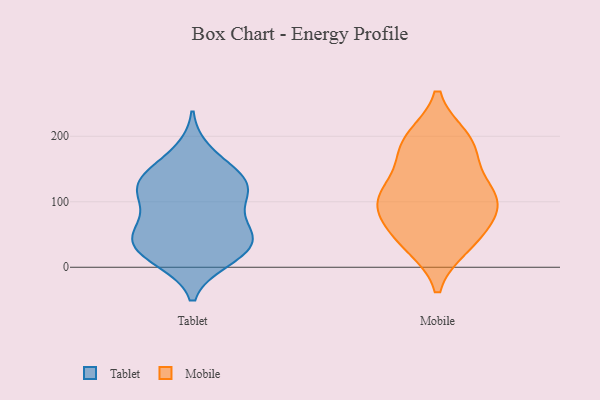
{"axis": {"x": "Active Users", "y": "Value"}, "legend": ["Mobile", "Tablet"], "data": [{"x": "", "y": 176, "type": "Tablet"}, {"x": "", "y": 51, "type": "Tablet"}, {"x": "", "y": 53, "type": "Tablet"}, {"x": "", "y": 95, "type": "Tablet"}, {"x": "", "y": 11, "type": "Tablet"}, {"x": "", "y": 21, "type": "Tablet"}, {"x": "", "y": 123, "type": "Tablet"}, {"x": "", "y": 49, "type": "Tablet"}, {"x": "", "y": 129, "type": "Tablet"}, {"x": "", "y": 138, "type": "Tablet"}, {"x": "", "y": 25, "type": "Tablet"}, {"x": "", "y": 113, "type": "Tablet"}, {"x": "", "y": 104, "type": "Tablet"}, {"x": "", "y": 49, "type": "Tablet"}, {"x": "", "y": 151, "type": "Tablet"}, {"x": "", "y": 14, "type": "Tablet"}, {"x": "", "y": 127, "type": "Tablet"}, {"x": "", "y": 53, "type": "Tablet"}, {"x": "", "y": 109, "type": "Mobile"}, {"x": "", "y": 73, "type": "Mobile"}, {"x": "", "y": 162, "type": "Mobile"}, {"x": "", "y": 196, "type": "Mobile"}, {"x": "", "y": 113, "type": "Mobile"}, {"x": "", "y": 183, "type": "Mobile"}, {"x": "", "y": 36, "type": "Mobile"}, {"x": "", "y": 103, "type": "Mobile"}, {"x": "", "y": 109, "type": "Mobile"}, {"x": "", "y": 52, "type": "Mobile"}, {"x": "", "y": 94, "type": "Mobile"}, {"x": "", "y": 34, "type": "Mobile"}, {"x": "", "y": 195, "type": "Mobile"}]}